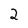
Character: 2